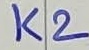
Text: K2